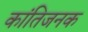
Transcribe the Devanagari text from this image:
कांतिजनक